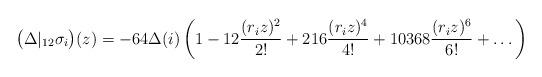
LaTeX: \begin{align*}\bigl( \Delta|_{12} \sigma_i \bigr) (z) = -64\Delta(i)\left( 1-12\frac{(r_iz)^2}{2!}+ 216\frac{(r_iz)^4}{4!}+10368\frac{(r_iz)^6}{6!} + \dots \right)\end{align*}